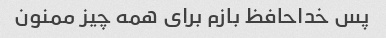
پس خداحافظ بازم برای همه چیز ممنون